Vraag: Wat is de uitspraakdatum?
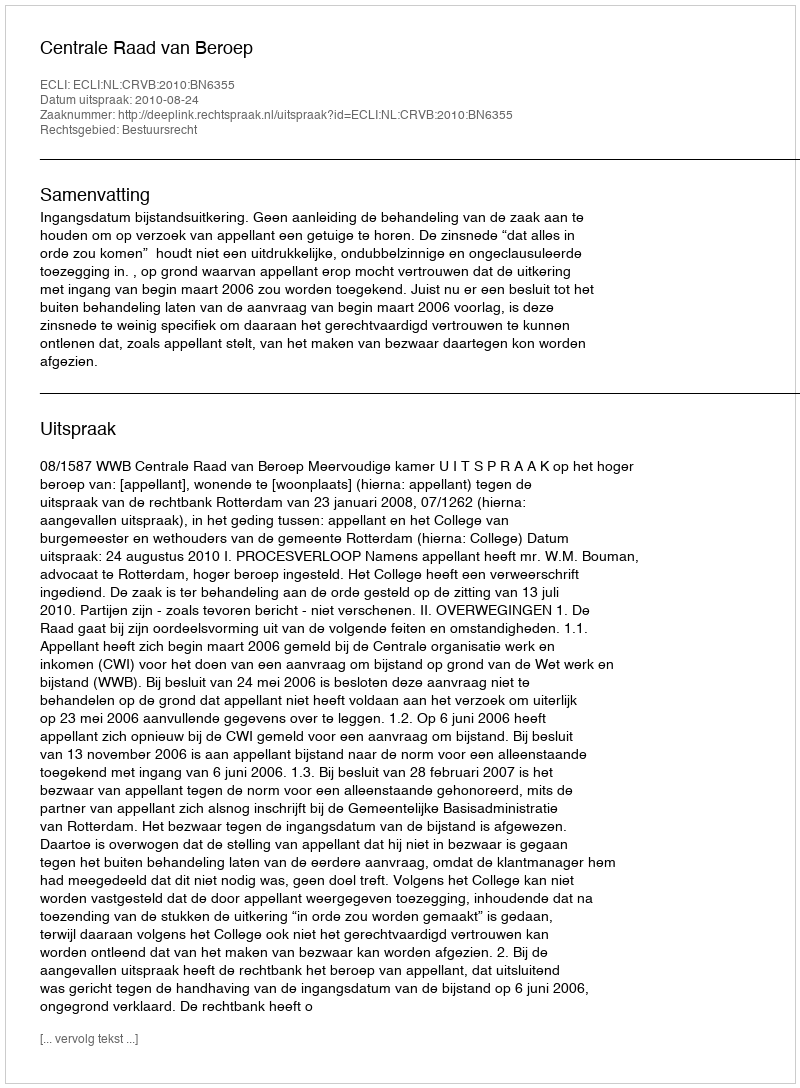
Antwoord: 2010-08-24